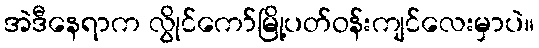
အဲဒီနေရာက လွိုင်ကော်မြို့ပတ်ဝန်းကျင်လေးမှာပဲ။